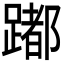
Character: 𨅮